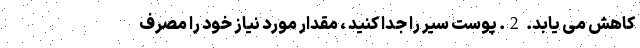
کاهش می یابد. 2. پوست سیر را جدا کنید ، مقدار مورد نیاز خود را مصرف